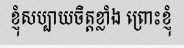
ខ្ញុំសប្បាយចិត្តខ្លាំង ព្រោះខ្ញុំ